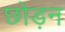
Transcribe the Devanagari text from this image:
छोड़न